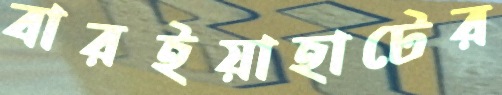
বারইয়াহাটের